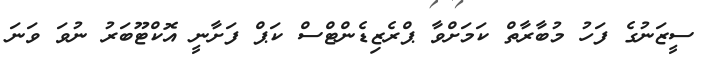
ސީޒަނުގެ ފަހު މުބާރާތް ކަމަށްވާ ޕްރެޒިޑެންޓްސް ކަޕް ފަށާނީ އޮކްޓޫބަރު ނުވަ ވަނަ